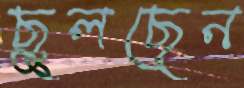
ছুলছেন